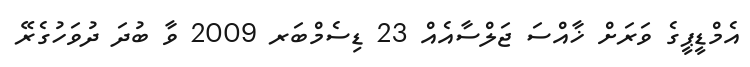
އެމްޑީޕީގެ ވަރަށް ޚާއްސަ ޖަލްސާއެއް 23 ޑިސެމްބަރ 2009 ވާ ބުދަ ދުވަހުގެރޭ